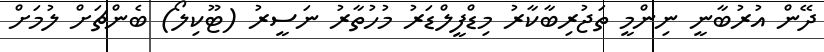
ދޭން އުރުބާނީ ނިންމީ ތަޖުރިބާކާރު މިޑްފީލްޑަރު މުހުތާރު ނަސީރު (ޓޫކިލޯ) ބެންޗަށް ލުމަށް